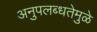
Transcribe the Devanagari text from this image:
अनुपलब्धतेमुळे